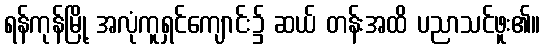
ရန်ကုန်မြို့ အလုံကူရှင်ကျောင်း၌ ဆယ် တန်းအထိ ပညာသင်ဖူး၏။